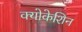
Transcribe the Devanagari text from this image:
क्योकेशिन